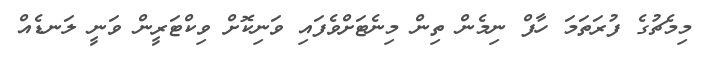
މިމެޗުގެ ފުރަތަމަ ހާފް ނިމެން ތިން މިނެޓަށްވެފައި ވަނިކޮށް ވިކްޓަރީން ވަނީ ލަނޑެއް